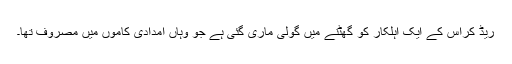
ریڈ کراس کے ایک اہلکار کو گھٹنے میں گولی ماری گئی ہے جو وہاں امدادی کاموں میں ٘مصروف تھا۔